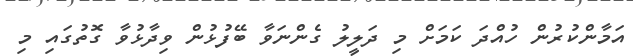
އަމާންކުރުން ހުއްދަ ކަމަށް މި ދަލީލު ގެންނަވާ ބޭފުޅުން ވިދާޅުވާ ގޮތުގައި މި